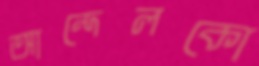
আন্দেলকো